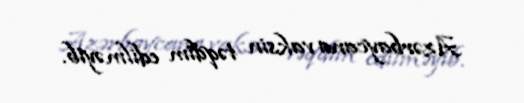
Azərbaycana vaksin təqdim edilməyib.